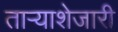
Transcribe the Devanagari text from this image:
ताऱ्याशेजारी